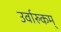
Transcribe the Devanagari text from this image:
उर्वारुकम्